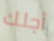
أجلك